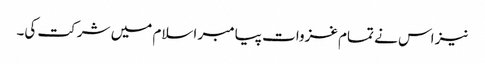
نیز اس نے تمام غزوات پیامبر اسلام میں شرکت کی۔